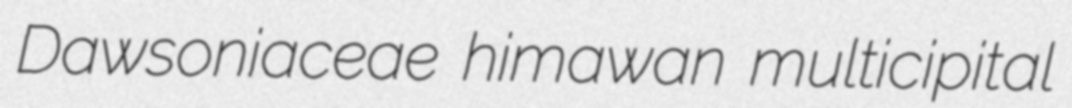
Dawsoniaceae himawan multicipital